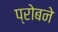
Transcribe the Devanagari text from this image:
प्रोबने